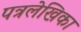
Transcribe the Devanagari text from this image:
पत्रलेखिका